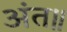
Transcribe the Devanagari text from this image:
अंत॥